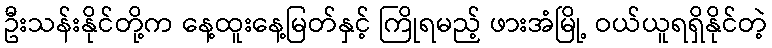
ဦးသန်းနိုင်တို့က နေ့ထူးနေ့မြတ်နှင့် ကြိုရမည့် ဖားအံမြို့ ဝယ်ယူရရှိနိုင်တဲ့